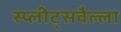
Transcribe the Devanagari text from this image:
स्प्लीट्सवैल्ला